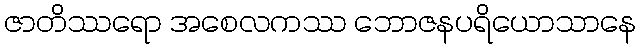
ဇာတိဿရော အစေလကဿ ဘောဇနပရိယောသာနေ